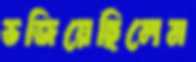
ভজিয়েছিলেম